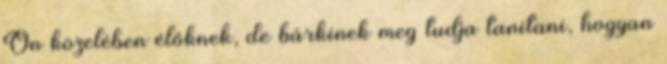
Ön közelében élőknek, de bárkinek meg tudja tanítani, hogyan